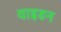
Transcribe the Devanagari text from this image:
वाइडन